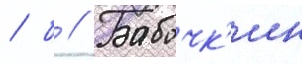
/ б // Бабочк'ин